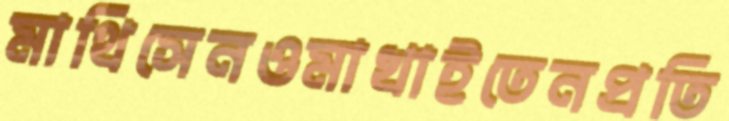
মাথিসেনওমাখাইতেনপ্রতি